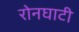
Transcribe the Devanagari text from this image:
रोनघाटी